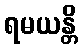
ရမယန္တိ